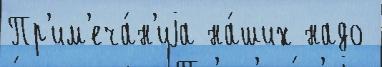
Пр'им'еча́н'иjа на́ших надо